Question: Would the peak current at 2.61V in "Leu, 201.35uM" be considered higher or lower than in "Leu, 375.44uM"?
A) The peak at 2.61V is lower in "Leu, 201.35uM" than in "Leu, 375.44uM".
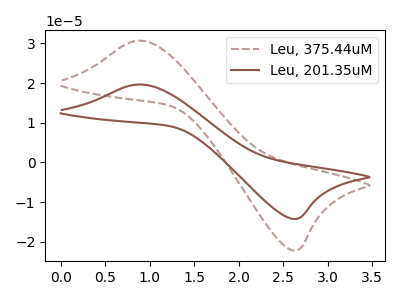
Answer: <think>The brown dashed curve "Leu, 375.44uM" has an anodic peak at (0.90V, 30.65uA) and a cathodic peak at (2.60V, -22.15uA). The brown curve "Leu, 201.35uM" has an anodic peak at (0.90V, 19.65uA) and a cathodic peak at (2.60V, -14.20uA).</think>
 <answer>A) The peak at 2.61V is lower in "Leu, 201.35uM" than in "Leu, 375.44uM".</answer>
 <eval>A</eval>